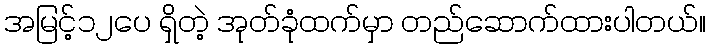
အမြင့်၁၂ပေ ရှိတဲ့ အုတ်ခုံထက်မှာ တည်ဆောက်ထားပါတယ်။